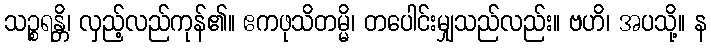
သဉ္စရန္တိ၊ လှည့်လည်ကုန်၏။ ဧကဖုသိတမ္မိ၊ တပေါင်းမျှသည်လည်း။ ဗဟိ၊ အပသို့။ န